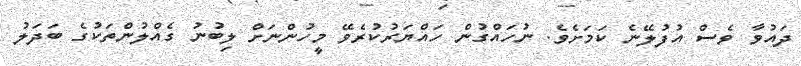
ދައުވާ ވެސް އުފުލޭނެ ކަމަށެވެ. ނުހައްގުން ހައްޔަރުކުރެވޭ މީހުންނަށް ލިބުނު ގެއްލުންތަކުގެ ބަދަލު